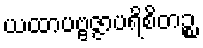
ယထာပဗ္ဗဇ္ဇာပရိစိတဉ္စ